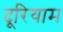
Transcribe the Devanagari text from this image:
दूरियाम